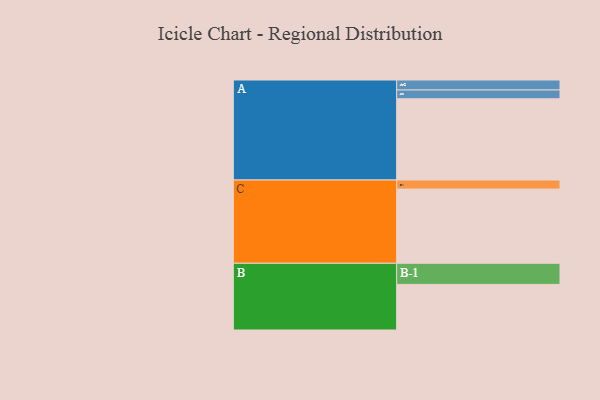
{"axis": {"x": "Segment", "y": "Value"}, "legend": ["", "A", "B", "C"], "data": [{"x": "A", "y": 554, "type": ""}, {"x": "B", "y": 311, "type": ""}, {"x": "C", "y": 506, "type": ""}, {"x": "A-1", "y": 60, "type": "A"}, {"x": "A-2", "y": 68, "type": "A"}, {"x": "B-1", "y": 144, "type": "B"}, {"x": "C-1", "y": 62, "type": "C"}]}